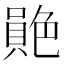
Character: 𦫮